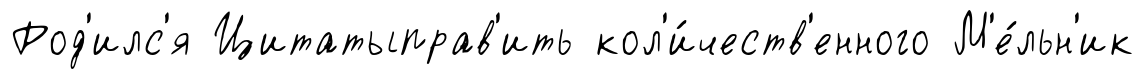
Род'илс'я Цитатыправ'ить кол'и́честв'енного М'е́льн'ик